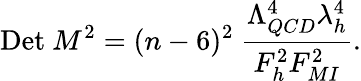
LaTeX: \mathrm{Det}\ M^{2}=(n-6)^{2}\ \frac{\Lambda_{QCD}^{4}\lambda_{h}^{4}}{F_{h}^{2}F_{MI}^{2}}.